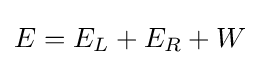
E=E_{L}+E_{R}+W